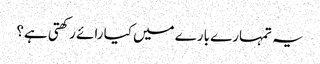
یہ تمہارے بارے میں کیا رائے رکھتی ہے؟